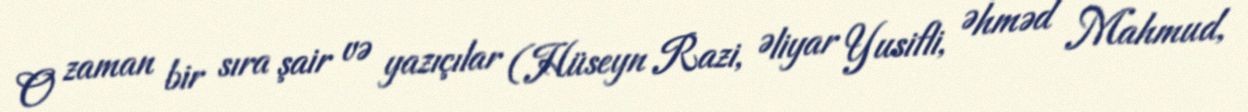
O zaman bir sıra şair və yazıçılar (Hüseyn Razi, Əliyar Yusifli, Əhməd Mahmud,